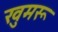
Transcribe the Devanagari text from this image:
खुमरू